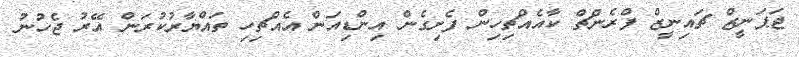
ޖަޕަނީޒް ޗައިނީޒް ފްރެންޗް ކާއެއްޗިހިން ފެށިގެން އިންޑިއަން އެއްޗިހި ތައްޔާރުކުރަން އޭރު ޖެހުނު